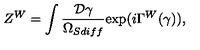
Z ^ { W } = \int { \frac { { \cal D } \gamma } { \Omega _ { S d i f f } } } \mathrm { e x p } ( i \Gamma ^ { W } ( \gamma ) ) ,